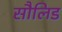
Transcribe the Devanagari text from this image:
सौलिड